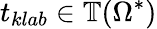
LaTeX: t_{klab}\in\mathbb{T}(\Omega^{*})